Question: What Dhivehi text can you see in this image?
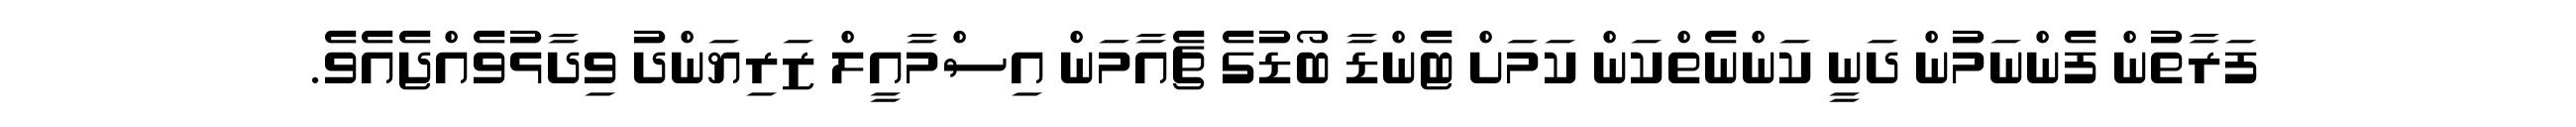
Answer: ފަރާތުން ފެންނަމުން ދަނީ ކަންނެތްކަން ކަމަށް ޓެންޑާ ބޯޑުގެ ޗެއާމަން އިސްމާއީލް ޒަރިޔަންދު ވިދާޅުވެއްޖެއެވެ.